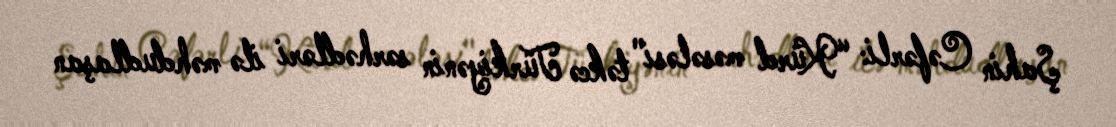
Şahin Cəfərli: “Kürd məsələsi" təkcə Türkiyənin sərhədləri ilə məhdudlaşan